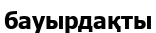
бауырдақты